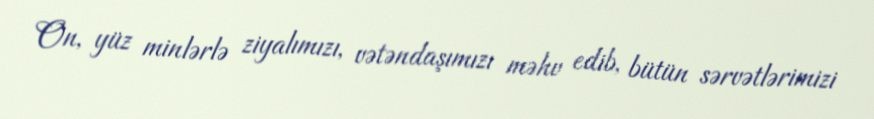
On, yüz minlərlə ziyalımızı, vətəndaşımızı məhv edib, bütün sərvətlərimizi